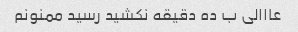
عااالی ب ده دقیقه نکشید رسید ممنونم